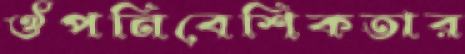
ঔপনিবেশিকতার